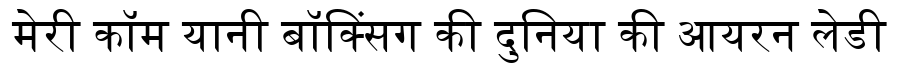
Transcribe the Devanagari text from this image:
मेरी कॉम यानी बॉक्सिंग की दुनिया की आयरन लेडी